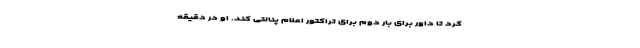
کرد تا داور برای بار دوم برای تراکتور اعلام پنالتی کند. او در دقیقه